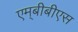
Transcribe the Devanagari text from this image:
एम्‌बीबीएस